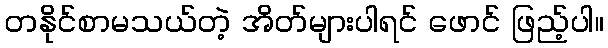
တနိုင်စာမသယ်တဲ့ အိတ်များပါရင် ဖောင် ဖြည့်ပါ။